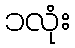
၁လုံး